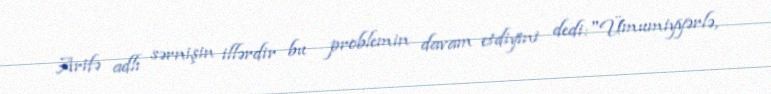
Arifə adlı sərnişin illərdir bu problemin davam etdiyini dedi:"Ümumiyyərlə,